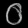
Digit: ၀